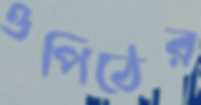
ওপিঠের